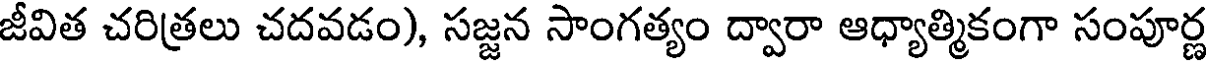
జీవిత చరిత్రలు చదవడం), సజ్జన సాంగత్యం ద్వారా ఆధ్యాత్మికంగా సంపూర్ణ